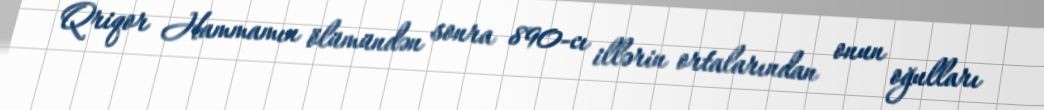
Qriqor Hammamın ölümündən sonra 890-cı illərin ortalarından onun oğulları